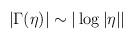
LaTeX: \begin{align*}|\Gamma(\eta)|\sim |\log|\eta||\end{align*}